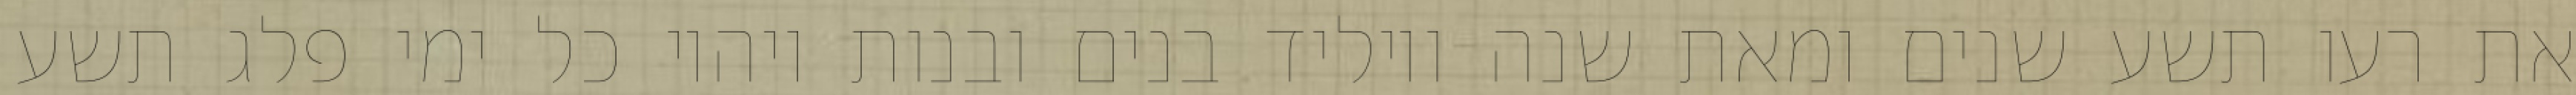
את רעו תשע שנים ומאת שנה ויוליד בנים ובנות ויהיו כל ימי פלג תשע